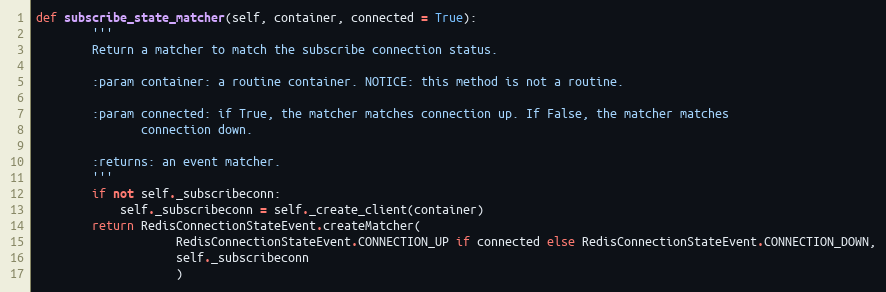
Language: Python
def subscribe_state_matcher(self, container, connected = True):
        '''
        Return a matcher to match the subscribe connection status.

        :param container: a routine container. NOTICE: this method is not a routine.

        :param connected: if True, the matcher matches connection up. If False, the matcher matches
               connection down.

        :returns: an event matcher.
        '''
        if not self._subscribeconn:
            self._subscribeconn = self._create_client(container)
        return RedisConnectionStateEvent.createMatcher(
                    RedisConnectionStateEvent.CONNECTION_UP if connected else RedisConnectionStateEvent.CONNECTION_DOWN,
                    self._subscribeconn
                    )